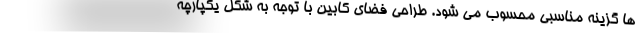
ها گزینه مناسبی محسوب می شود. طراحی فضای کابین با توجه به شکل یکپارچه